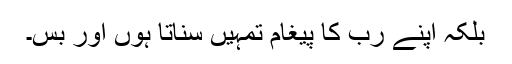
بلکہ اپنے رب کا پیغام تمہیں سناتا ہوں اور بس۔